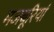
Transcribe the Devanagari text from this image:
मजबूरियां